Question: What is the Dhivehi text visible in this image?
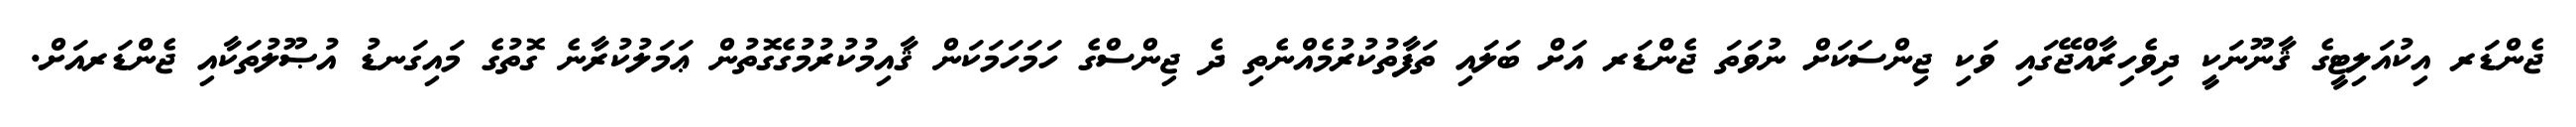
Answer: ޖެންޑަރ އިކުއަލިޓީގެ ޤާނޫނަކީ ދިވެހިރާއްޖޭގައި ވަކި ޖިންސަކަށް ނުވަތަ ޖެންޑަރ އަށް ބަލައި ތަފާތުކުރުމެއްނެތި ދެ ޖިންސްގެ ހަމަހަމަކަން ޤާއިމުކުރުމުގެގޮތުން ޢަމަލުކުރާނެ ގޮތުގެ މައިގަނޑު އުޞޫލުތަކާއި ޖެންޑަރއަށް.